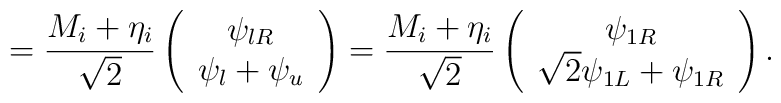
=\frac{M_{i}+\eta _{i}}{\sqrt{2}}\left( \begin{array}{c}\psi _{lR} \\ \psi _{l}+\psi _{u}\end{array}\right) =\frac{M_{i}+\eta _{i}}{\sqrt{2}}\left( \begin{array}{c}\psi _{1R} \\ \sqrt{2}\psi _{1L}+\psi _{1R}\end{array}\right) .